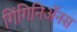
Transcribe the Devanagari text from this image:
गिंगिनिॲनस